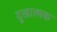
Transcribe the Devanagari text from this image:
दुखात्मक